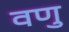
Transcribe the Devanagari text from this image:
वणु